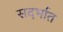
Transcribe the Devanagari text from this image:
सदर्भात